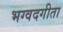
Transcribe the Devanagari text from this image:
भग्वदगीता